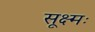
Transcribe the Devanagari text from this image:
सूक्ष्मः